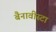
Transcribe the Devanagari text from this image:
बैनावीस्टा